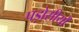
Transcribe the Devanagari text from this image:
पड़ोसीयों